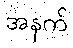
အနက်